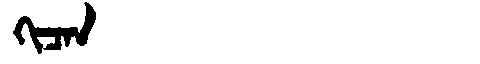
Manchu: ᡴᡳᠴᠠᠨ
Romanization: KICAN